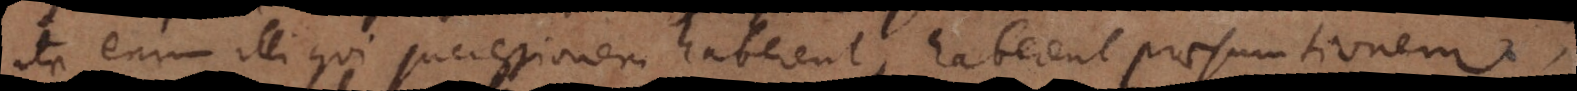
ita enim illi qui successionem haberent, haberent praesumtionem.